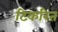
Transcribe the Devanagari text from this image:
टिकरित